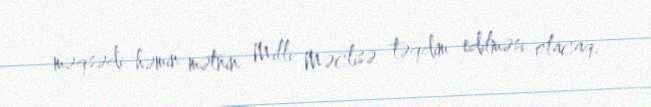
məqsədi həmin mətnin Milli Məclisə təqdim edilməsi olacaq.